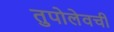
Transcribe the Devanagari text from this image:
तुपोलेवची